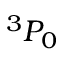
{ } ^ { 3 } P _ { 0 }